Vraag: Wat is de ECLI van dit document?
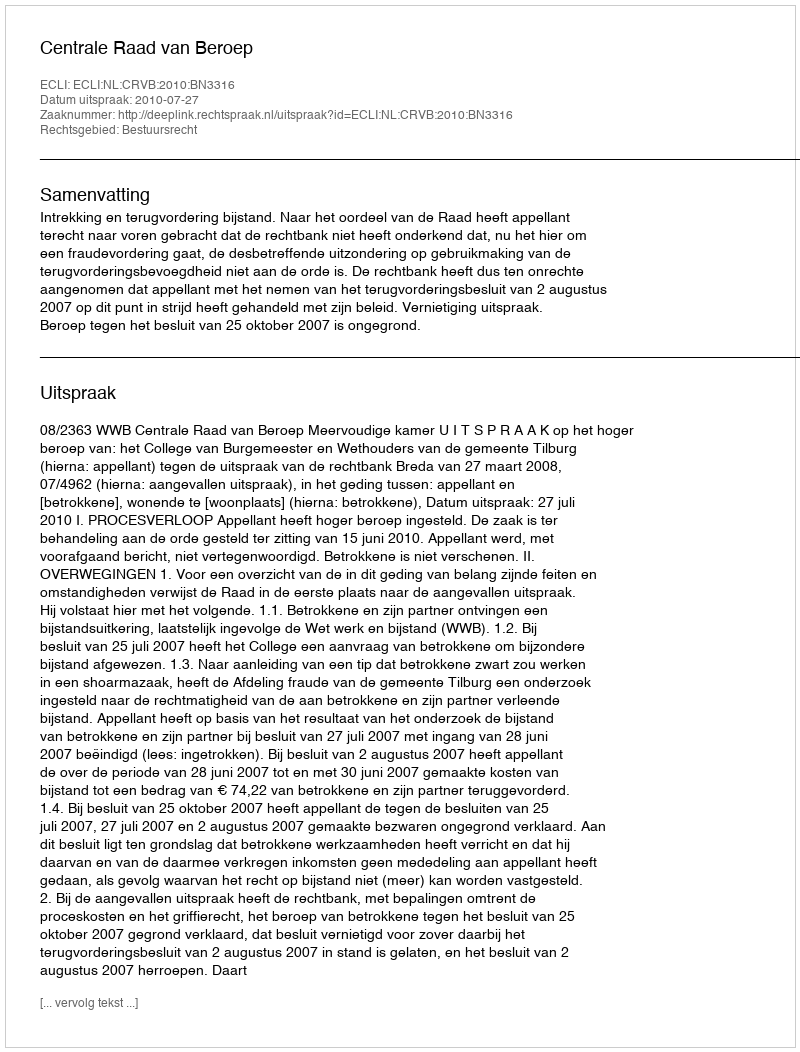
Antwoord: ECLI:NL:CRVB:2010:BN3316